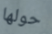
حولها